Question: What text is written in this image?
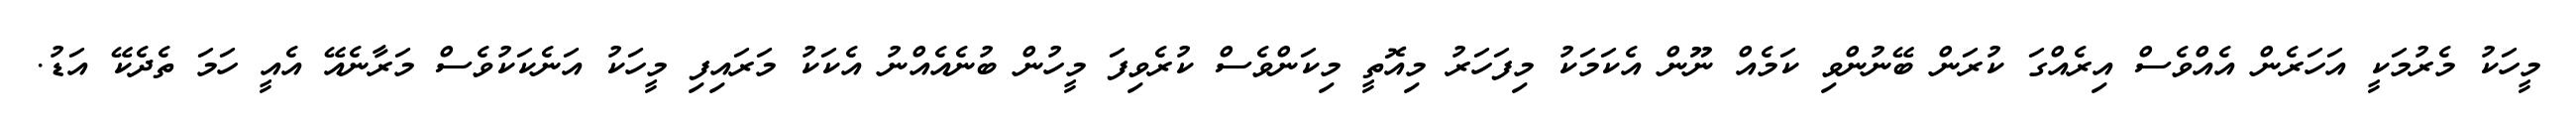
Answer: މީހަކު މެރުމަކީ އަހަރެން އެއްވެސް އިރެއްގަ ކުރަން ބޭނުންވި ކަމެއް ނޫން އެކަމަކު މިފަހަރު މިއޮތީ މިކަންވެސް ކުރެވިފަ މީހުން ބުނެއެއްނު އެކަކު މަރައިފި މީހަކު އަނެކަކުވެސް މަރާނެއޭ އެއީ ހަމަ ތެދެކޭ އަޑު.